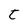
Character: t